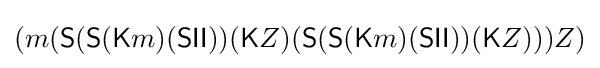
(m({\textsf {S}}({\textsf {S}}({\textsf {K}}m)({\textsf {S}}{\textsf {I}}{\textsf {I}}))({\textsf {K}}Z)({\textsf {S}}({\textsf {S}}({\textsf {K}}m)({\textsf {S}}{\textsf {I}}{\textsf {I}}))({\textsf {K}}Z)))Z)